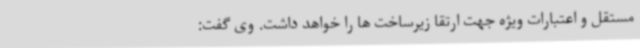
مستقل و اعتبارات ویژه جهت ارتقا زیرساخت ها را خواهد داشت. وی گفت: